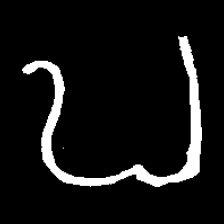
Pyu character \u2014 Myanmar letter: ဎ (romanized: ddha)